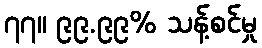
၇၇။ ၉၉.၉၉% သန့်စင်မှု